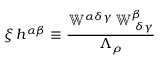
\xi \, h ^ { \alpha \beta } \equiv \frac { \mathbb { W } ^ { \alpha \delta \gamma } \, \mathbb { W } _ { \; \delta \gamma } ^ { \beta } } { \Lambda _ { \rho } }